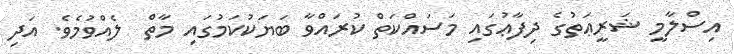
އިސްލާމީ ޝަރީޢަތުގެ ދިފާޢުގައި މަސައްކަތް ކުރައްވާ ބަޔަކުކަމުގައި މާތް  ލެއްވުމެވެ. އަދި